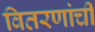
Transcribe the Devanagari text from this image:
वितरणांची